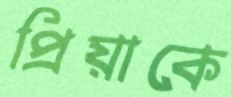
প্রিয়াকে